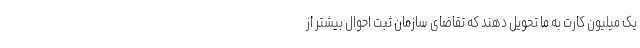
یک میلیون کارت به ما تحویل دهند که تقاضای سازمان ثبت احوال بیشتر از